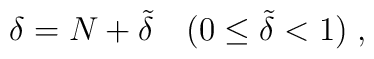
\delta=N+\tilde{\delta}\quad (0\le\tilde{\delta}<1)\;,